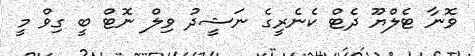
ވޮނާ ޓެލްޔޫ ދެޓް ކެނެރީގެ ނަޝީދު ވިލް ނޮޓް ބީ ގިވް މީ